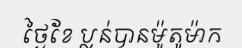
ថ្ងៃខែ ប្លន់បានម៉ូតូម៉ាក